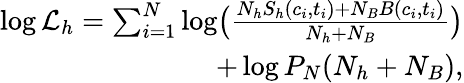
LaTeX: \begin{array}{r}{\log{\cal L}_{h}=\sum_{i=1}^{N}\log\bigl(\frac{N_{h}S_{h}(c_{i},t_{i})+N_{B}B(c_{i},t_{i})}{N_{h}+N_{B}}\bigr)}\\ {+\log P_{N}(N_{h}+N_{B}),}\end{array}